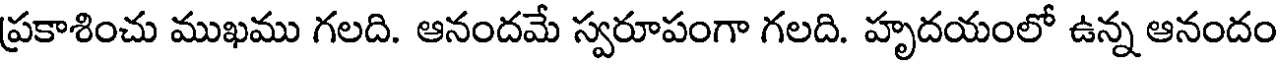
ప్రకాశించు ముఖము గలది. ఆనందమే స్వరూపంగా గలది. హృదయంలో ఉన్న ఆనందం